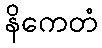
နိကေတံ